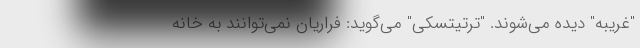
"غریبه" دیده می‌شوند. "ترتیتسکی" می‌گوید: فراریان نمی‌توانند به خانه